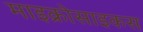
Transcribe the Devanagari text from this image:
माइक्रोसाइकस